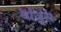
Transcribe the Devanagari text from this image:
बांजूंस